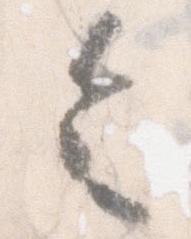
令